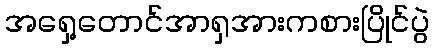
အရှေ့တောင်အာရှအားကစားပြိုင်ပွဲ